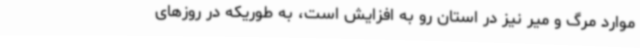
موارد مرگ و میر نیز در استان رو به افزایش است، به طوریکه در روزهای